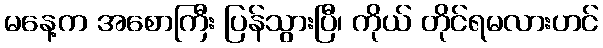
မနေ့က အစောကြီး ပြန်သွားပြီ၊ ကိုယ် တိုင်ရမလားဟင်